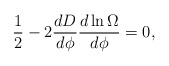
\begin{align*}{1\over 2}-2{{dD}\over{d\phi}}{{d\ln\Omega}\over{d\phi}}=0,\end{align*}